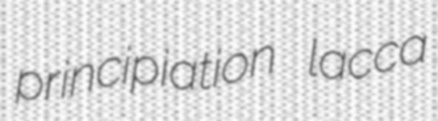
principiation lacca